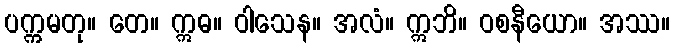
ပက္ကမတု။ တေ။ ဣဓ။ ဝါသေန။ အလံ။ ဣဘိ။ ဝစနီယော။ အဿ။